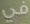
في